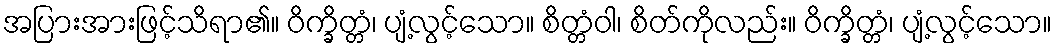
အပြားအားဖြင့်သိရာ၏။ ဝိက္ခိတ္တံ၊ ပျံ့လွင့်သော။ စိတ္တံဝါ၊ စိတ်ကိုလည်း။ ဝိက္ခိတ္တံ၊ ပျံ့လွင့်သော။